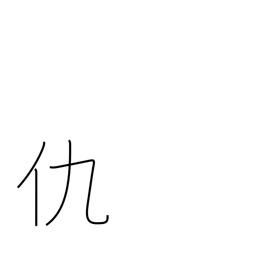
Meaning: enemy